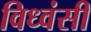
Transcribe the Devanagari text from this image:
विध्वंसी